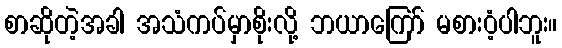
စာဆိုတဲ့အခါ အသံကပ်မှာစိုးလို့ ဘယာကြော် မစားဝံ့ပါဘူး။